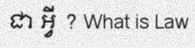
ជា អ្វី ? What is Law